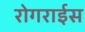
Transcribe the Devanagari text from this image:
रोगराईस